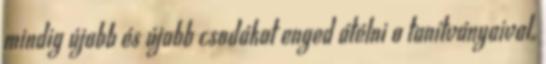
mindig újabb és újabb csodákat enged átélni a tanítványaival.